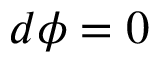
d \phi = 0